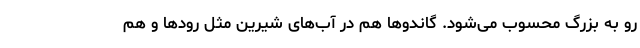
رو به بزرگ محسوب می‌شود. گاندوها هم در آب‌های شیرین مثل رودها و هم